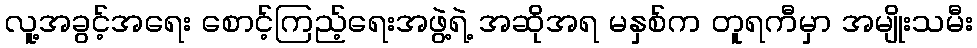
လူ့အခွင့်အရေး စောင့်ကြည့်ရေးအဖွဲ့ရဲ့ အဆိုအရ မနှစ်က တူရကီမှာ အမျိုးသမီး